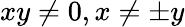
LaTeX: xy\neq 0,x\neq\pm y